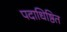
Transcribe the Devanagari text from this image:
पदाधिष्ठित